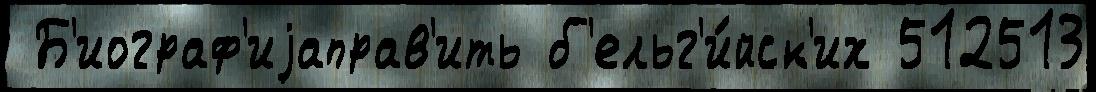
 Б'иограф'иjаправ'ить б'ельг'и́йск'их 512513